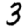
Digit: 3